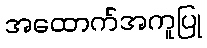
အထောက်အကူပြု